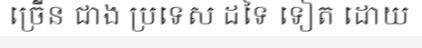
ច្រើន ជាង ប្រទេស ដទៃ ទៀត ដោយ